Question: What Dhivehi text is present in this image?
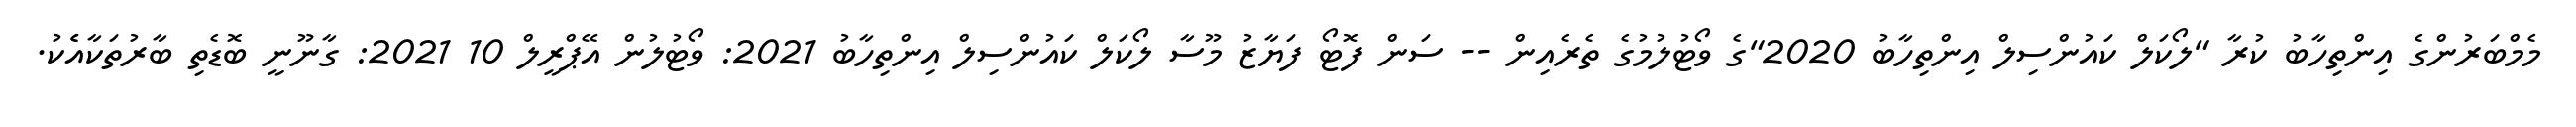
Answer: މެމްބަރުންގެ އިންތިހާބު ކުރާ "ލޯކަލް ކައުންސިލް އިންތިހާބު 2020"ގެ ވޯޓުލުމުގެ ތެރެއިން -- ސަން ފޮޓޯ ފަޔާޒު މޫސާ ލޯކަލް ކައުންސިލް އިންތިހާބު 2021: ވޯޓުލުން އޭޕްރީލް 10 2021: ގާނޫނީ ބޮޑެތި ބާރުތަކާއެެކު.